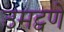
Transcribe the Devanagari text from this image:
उमट्वणे